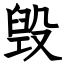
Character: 毁